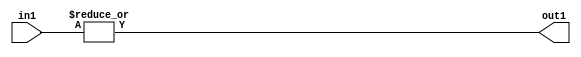
`timescale 1ps / 1ps
/*****************************************************************************
    Verilog RTL Description
    
    
    Created by: Stratus DpOpt 2019.1.01 
*******************************************************************************/

module DC_Filter_OrReduction_2U_1U_1 (
	in1,
	out1
	); /* architecture "behavioural" */ 
input [1:0] in1;
output  out1;
wire  asc001;

assign asc001 = 
	(|in1);

assign out1 = asc001;
endmodule

/* CADENCE  urX0Sws= : u9/ySgnWtBlWxVPRXgAZ4Og= ** DO NOT EDIT THIS LINE ******/